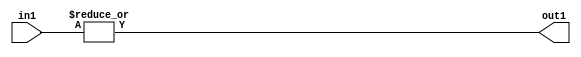
`timescale 1ps / 1ps
/*****************************************************************************
    Verilog RTL Description
    
    
    Created by: Stratus DpOpt 2019.1.01 
*******************************************************************************/

module DC_Filter_OrReduction_2U_1U_1 (
	in1,
	out1
	); /* architecture "behavioural" */ 
input [1:0] in1;
output  out1;
wire  asc001;

assign asc001 = 
	(|in1);

assign out1 = asc001;
endmodule

/* CADENCE  urX0Sws= : u9/ySgnWtBlWxVPRXgAZ4Og= ** DO NOT EDIT THIS LINE ******/